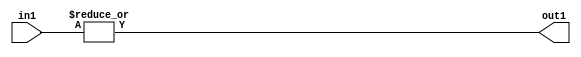
`timescale 1ps / 1ps
/*****************************************************************************
    Verilog RTL Description
    
    
    Created by: Stratus DpOpt 2019.1.01 
*******************************************************************************/

module DC_Filter_OrReduction_2U_1U_1 (
	in1,
	out1
	); /* architecture "behavioural" */ 
input [1:0] in1;
output  out1;
wire  asc001;

assign asc001 = 
	(|in1);

assign out1 = asc001;
endmodule

/* CADENCE  urX0Sws= : u9/ySgnWtBlWxVPRXgAZ4Og= ** DO NOT EDIT THIS LINE ******/